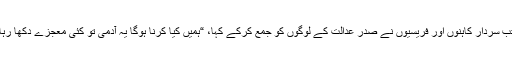
47 تب سردار کاہنوں اور فریسیوں نے صدر عدالت کے لوگوں کو جمع کرکے کہا، “ہمیں کیا کرنا ہوگا یہ آدمی تو کئی معجزے دکھا رہا ہے۔